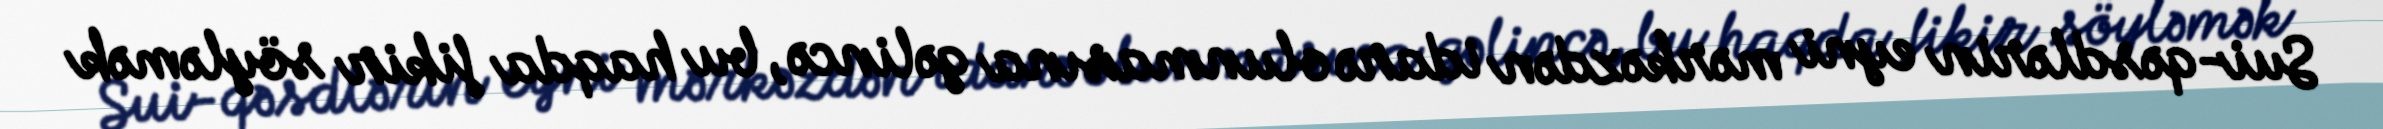
Sui-qəsdlərin eyni mərkəzdən idarə olunmasına gəlincə, bu haqda fikir söyləmək